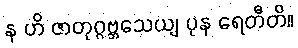
န ဟိ ဇာတုဂ္ဂဗ္ဘသေယျ ပုန ရေတီတိ။